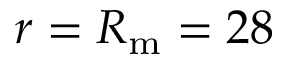
r = R _ { \mathrm { m } } = 2 8